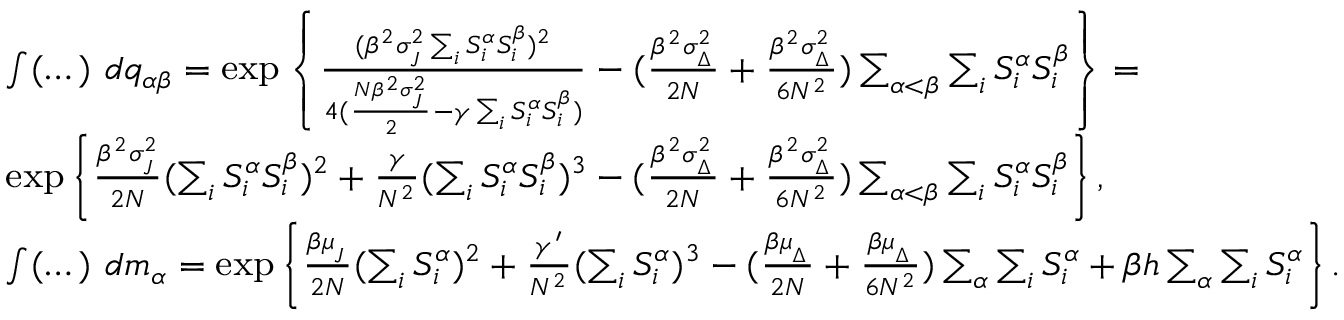
{ \footnotesize \begin{array} { r l } & { \int ( \dots ) \ d q _ { \alpha \beta } = \exp \left\{ \frac { ( \beta ^ { 2 } \sigma _ { _ { J } } ^ { 2 } \sum _ { i } S _ { i } ^ { \alpha } S _ { i } ^ { \beta } ) ^ { 2 } } { 4 ( \frac { N \beta ^ { 2 } \sigma _ { _ { J } } ^ { 2 } } { 2 } - \gamma \sum _ { i } S _ { i } ^ { \alpha } S _ { i } ^ { \beta } ) } - ( \frac { \beta ^ { 2 } \sigma _ { _ { \Delta } } ^ { 2 } } { 2 N } + \frac { \beta ^ { 2 } \sigma _ { _ { \Delta } } ^ { 2 } } { 6 N ^ { 2 } } ) \sum _ { \alpha < \beta } \sum _ { i } S _ { i } ^ { \alpha } S _ { i } ^ { \beta } \right\} = } \\ & { \exp \left\{ \frac { \beta ^ { 2 } \sigma _ { _ { J } } ^ { 2 } } { 2 N } ( \sum _ { i } S _ { i } ^ { \alpha } S _ { i } ^ { \beta } ) ^ { 2 } + \frac { \gamma } { N ^ { 2 } } ( \sum _ { i } S _ { i } ^ { \alpha } S _ { i } ^ { \beta } ) ^ { 3 } - ( \frac { \beta ^ { 2 } \sigma _ { _ { \Delta } } ^ { 2 } } { 2 N } + \frac { \beta ^ { 2 } \sigma _ { _ { \Delta } } ^ { 2 } } { 6 N ^ { 2 } } ) \sum _ { \alpha < \beta } \sum _ { i } S _ { i } ^ { \alpha } S _ { i } ^ { \beta } \right\} , } \\ & { \int ( \dots ) \ d m _ { \alpha } = \exp \left\{ \frac { \beta \mu _ { _ { J } } } { 2 N } ( \sum _ { i } S _ { i } ^ { \alpha } ) ^ { 2 } + \frac { \gamma ^ { \prime } } { N ^ { 2 } } ( \sum _ { i } S _ { i } ^ { \alpha } ) ^ { 3 } - ( \frac { \beta \mu _ { _ { \Delta } } } { 2 N } + \frac { \beta \mu _ { _ { \Delta } } } { 6 N ^ { 2 } } ) \sum _ { \alpha } \sum _ { i } S _ { i } ^ { \alpha } + \beta h \sum _ { \alpha } \sum _ { i } S _ { i } ^ { \alpha } \right\} . } \end{array} }